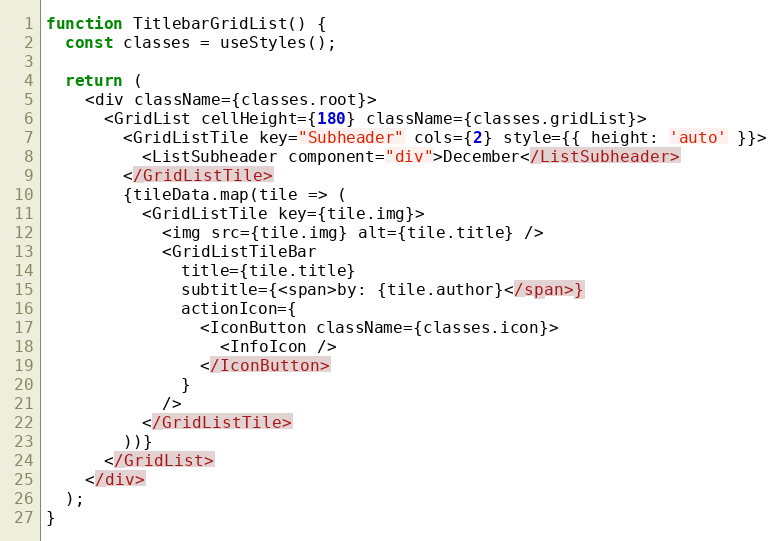
Language: JavaScript
function TitlebarGridList() {
  const classes = useStyles();

  return (
    <div className={classes.root}>
      <GridList cellHeight={180} className={classes.gridList}>
        <GridListTile key="Subheader" cols={2} style={{ height: 'auto' }}>
          <ListSubheader component="div">December</ListSubheader>
        </GridListTile>
        {tileData.map(tile => (
          <GridListTile key={tile.img}>
            <img src={tile.img} alt={tile.title} />
            <GridListTileBar
              title={tile.title}
              subtitle={<span>by: {tile.author}</span>}
              actionIcon={
                <IconButton className={classes.icon}>
                  <InfoIcon />
                </IconButton>
              }
            />
          </GridListTile>
        ))}
      </GridList>
    </div>
  );
}